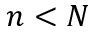
n < N